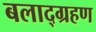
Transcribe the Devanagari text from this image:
बलाद्ग्रहण